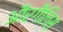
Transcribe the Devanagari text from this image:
औरगैलिस